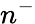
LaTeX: n^{-}